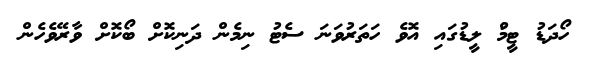
ހޯދަޑު ޓީމުް ލީޑުގައި އޮވެ ހަތަރުވަނަ ސެޓު ނިމެން ދަނިކޮށް ބޯކޮށް ވާރޭވެހެން